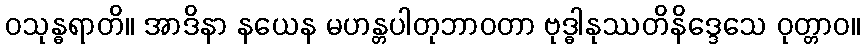
ဝသုန္ဓရာတိ။ အာဒိနာ နယေန မဟန္တပါတုဘာဝတာ ဗုဒ္ဓါနုဿတိနိဒ္ဒေသေ ဝုတ္တာဝ။